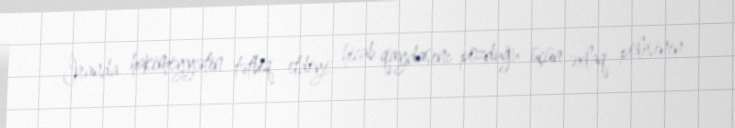
İranda hakimiyyətin tətbiq etdiyi hicab qaydasını pozduğu üçün əxlaq polisinin